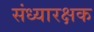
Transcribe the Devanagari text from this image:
संध्यारक्षक